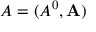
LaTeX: A = ( A ^ { 0 } , \mathbf { A } )